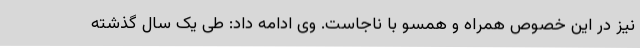
نیز در این خصوص همراه و همسو با ناجاست. وی ادامه داد: طی یک سال گذشته